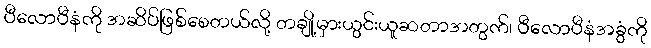
ပီလောပီနံကို အဆိပ်ဖြစ်စေတယ်လို့ တချို့မှားယွင်းယူဆတာအတွက်၊ ပီလောပီနံအခွံကို